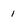
Character: I